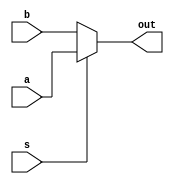

module Mux(a,b,s,out);

input a,b,s;
output reg out;

always @ (a or b or s)
begin
  if(s == 1'b1) begin
    out = a;
  end
  else begin
    out = b;
  end
end

endmodule